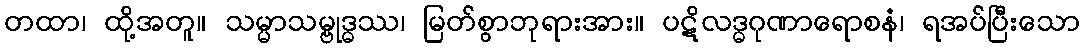
တထာ၊ ထို့အတူ။ သမ္မာသမ္ဗုဒ္ဓဿ၊ မြတ်စွာဘုရားအား။ ပဋိလဒ္ဓဂုဏာရောစနံ၊ ရအပ်ပြီးသော